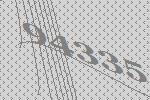
94335